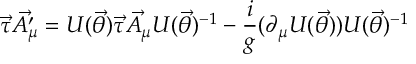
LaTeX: \vec { \tau } \vec { A _ { \mu } ^ { \prime } } = U ( \vec { \theta } ) \vec { \tau } \vec { A _ { \mu } } U ( \vec { \theta } ) ^ { - 1 } - \frac { i } { g } ( \partial _ { \mu } U ( \vec { \theta } ) ) U ( \vec { \theta } ) ^ { - 1 }